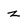
Character: z